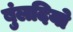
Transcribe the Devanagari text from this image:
बुंलदियो